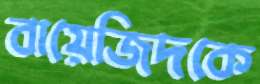
বায়েজিদকে